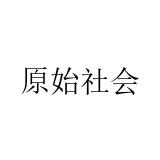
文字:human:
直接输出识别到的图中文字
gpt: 原始社会